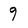
Character: 9